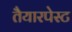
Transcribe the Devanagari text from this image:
तैयारपेस्ट